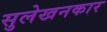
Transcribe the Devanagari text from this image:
सुलेखनकार